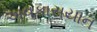
અવકાસયાન